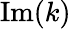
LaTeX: \mathrm{Im}(k)